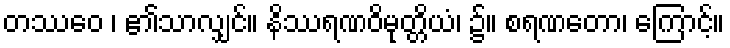
တဿေဝ ၊ ၏သာလျှင်။ နိဿရဏဝိမုတ္တိယံ၊ ၌။ စရဏတော၊ ကြောင့်။